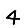
Digit: 4